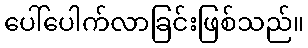
ပေါ်ပေါက်လာခြင်းဖြစ်သည်။